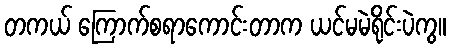
တကယ် ကြောက်စရာကောင်းတာက ယင်မမဲရိုင်းပဲကွ။